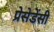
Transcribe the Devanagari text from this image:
प्रेसेडेंसी